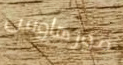
مورهاوس